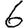
Digit: 6